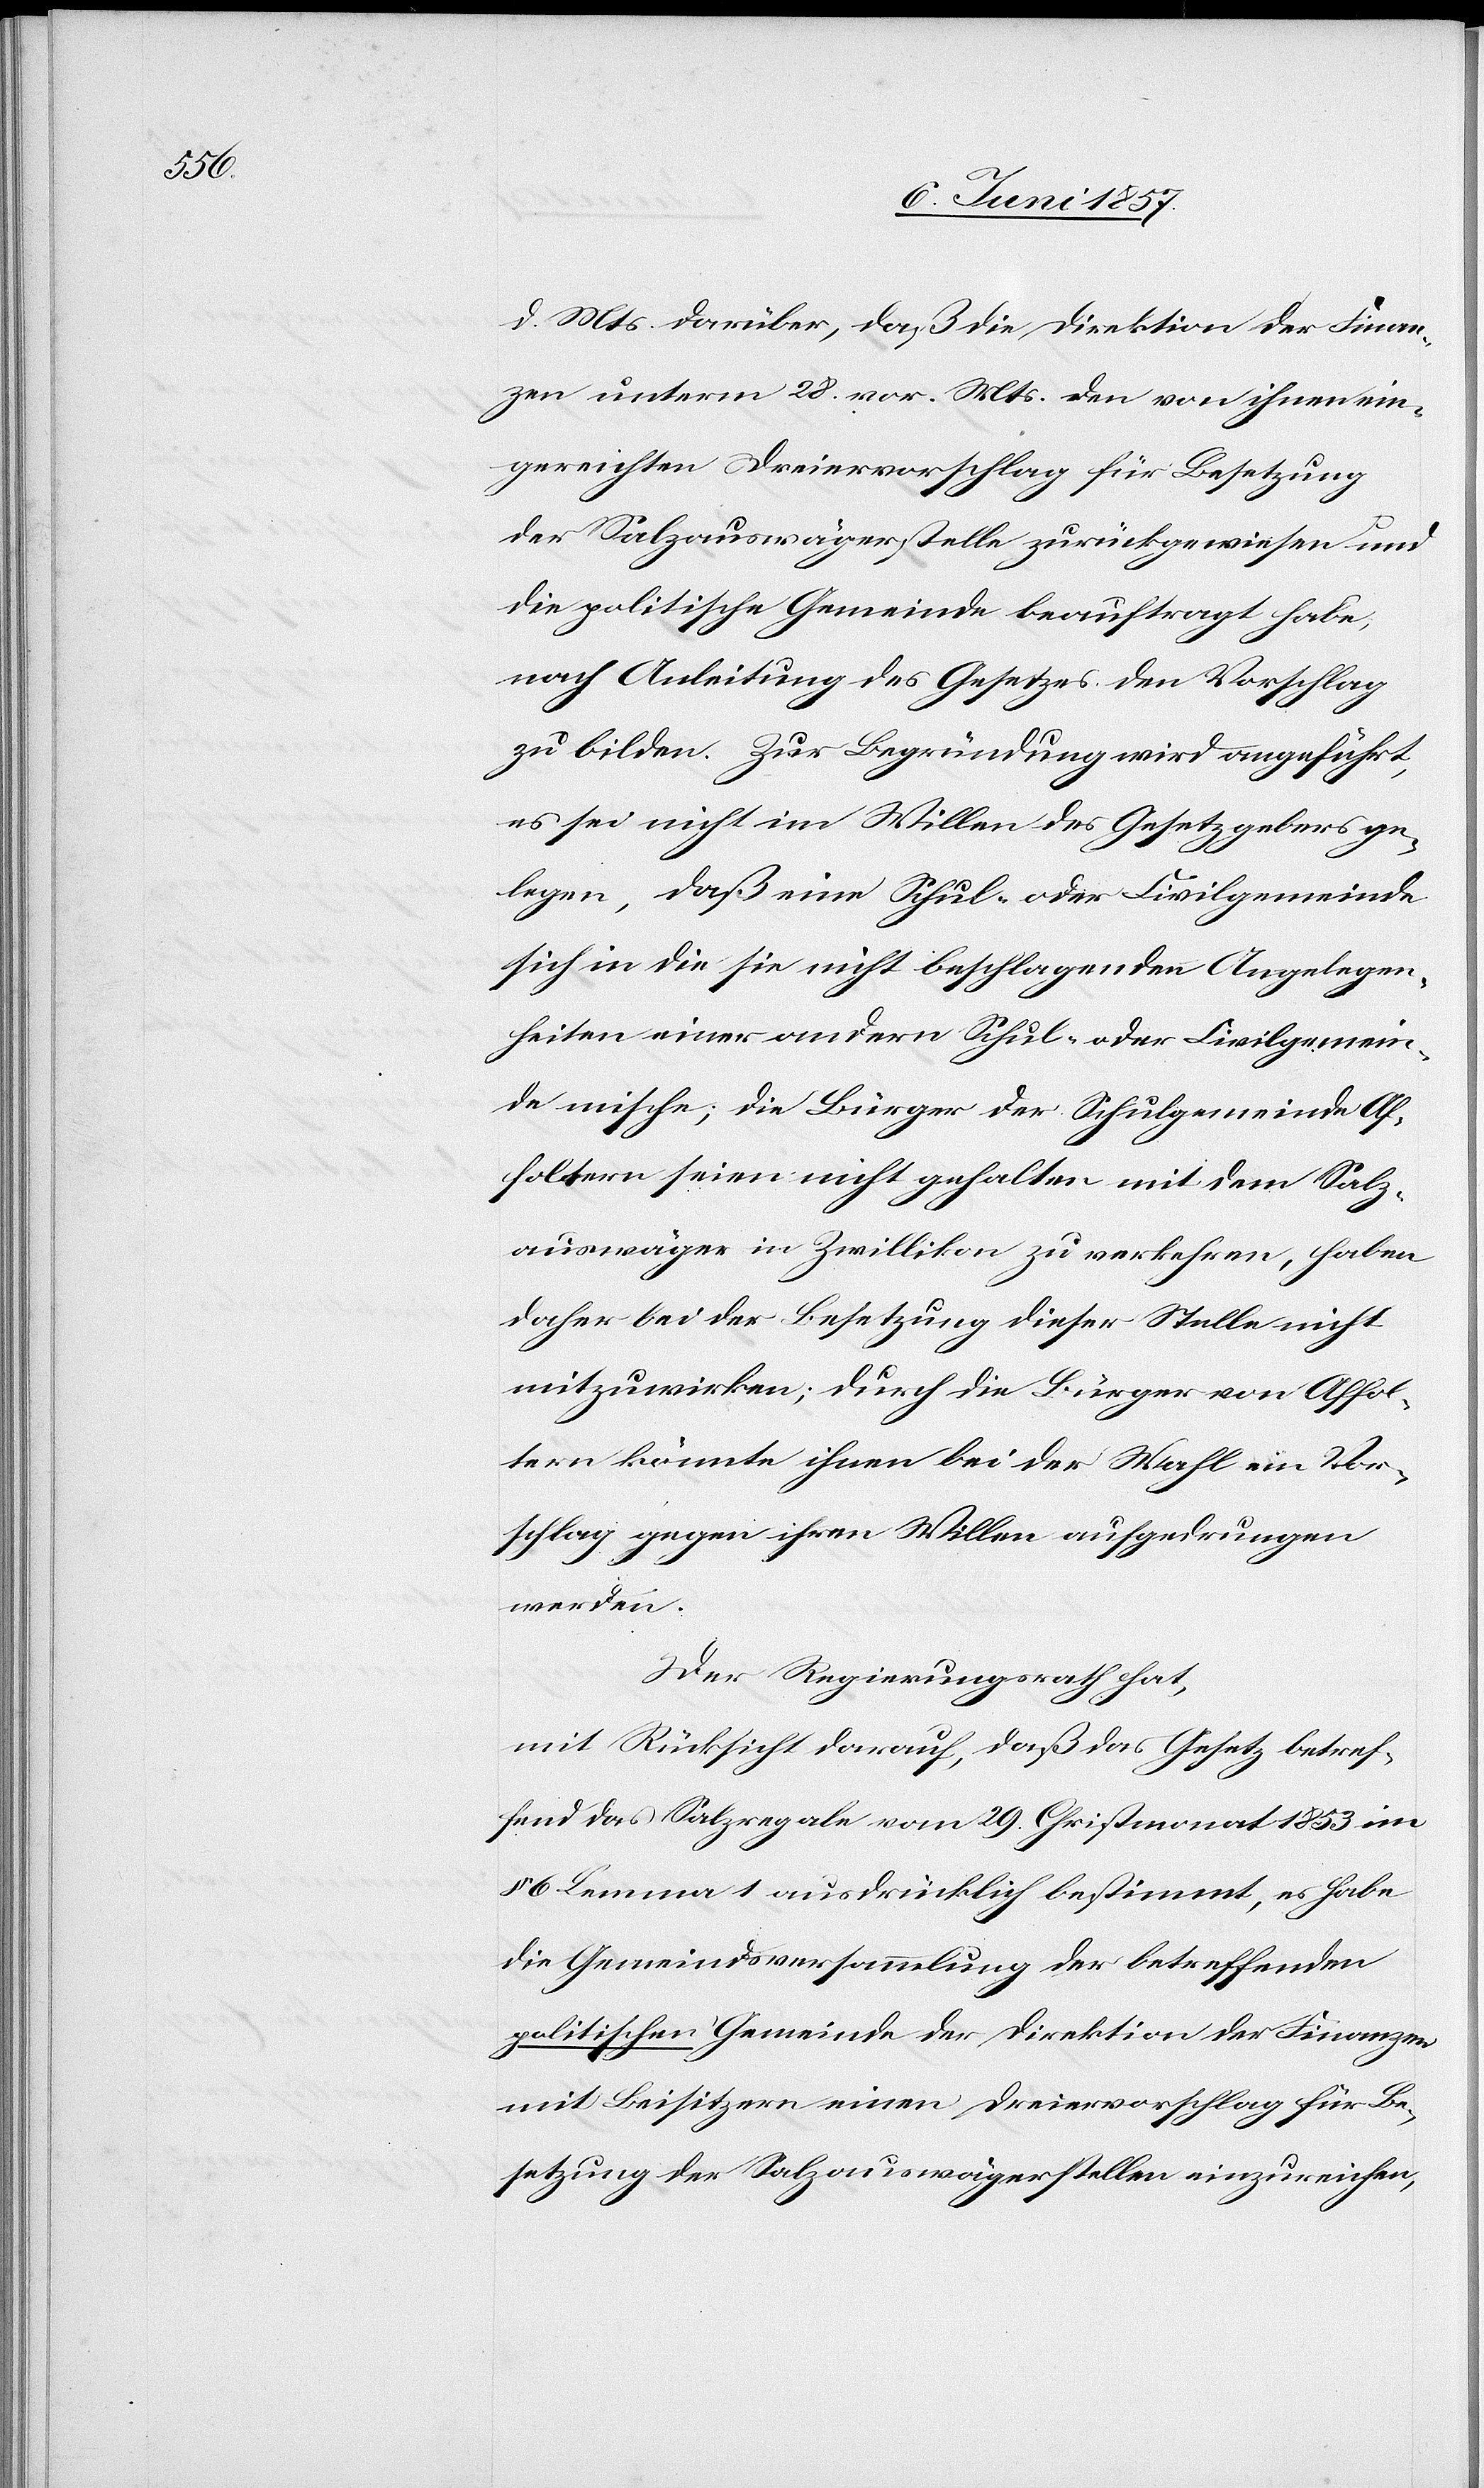
d. Mts. darüber, daß die Direktion der Finan¬
zen unterm 28 vor. Mts. den von ihnen ein¬
gereichten Dreiervorschlag für Besetzung
der Salzauswägerstelle zurückgewiesen und
die politische Gemeinde beauftragt habe,
nach Anleitung des Gesetzes den Vorschlag
zu bilden. Zur Begründung wird angeführt,
es sei nicht im Willen des Gesetzgebers ge¬
legen, daß eine Schul- oder Civilgemeinde
sich in die sie nicht beschlagenden Angelegen¬
heiten einer andern Schul- oder Civilgemein¬
de mische; die Bürger der Schulgemeinde Af¬
foltern seien nicht gehalten mit dem Salz¬
auswäger in Zwillikon zu verkehren, haben
daher bei der Besetzung dieser Stelle nicht
mitzuwirken; durch die Bürger von Affol¬
tern könnte ihnen bei der Wahl ein Vor¬
schlag gegen ihren Willen aufgedrungen
werden.
Der Regierungsrath hat,
mit Rücksicht darauf, daß das Gesetz betref¬
fend das Salzregale vom 29 Christmonat 1853 im
6 Lemma 1 ausdrücklich bestimmt, es habe
die Gemeindsversammlung der betreffenden
politischen Gemeinde der Direktion der Finanzen
mit Beisitzern einen Dreiervorschlag für Be¬
setzung der Salzauswägerstellen einzureichen,